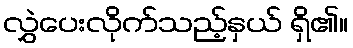
လွှဲပေးလိုက်သည့်နှယ် ရှိ၏။